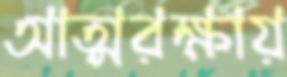
আত্মরক্ষায়